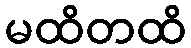
မထိတထိ